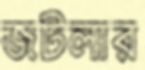
জটলার